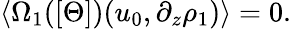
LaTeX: \langle\Omega_{1}([\Theta])(u_{0},\partial_{z}\rho_{1})\rangle=0.